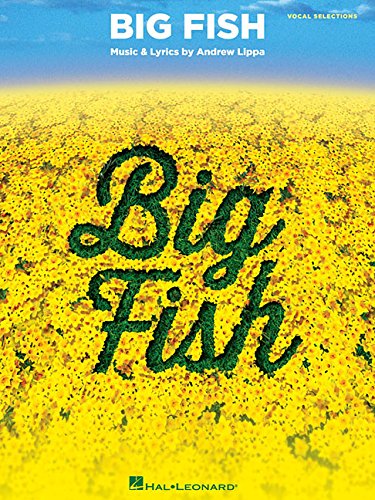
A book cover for Big Fish: Vocal Selections; John August; Humor & Entertainment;